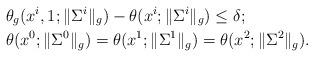
LaTeX: \begin{align*} & \theta_g(x^i, 1; \|\Sigma^i\|_g) - \theta(x^i; \|\Sigma^i\|_g) \leq \delta; \\ & \theta(x^0; \|\Sigma^0\|_g) = \theta(x^1; \|\Sigma^1\|_g) = \theta(x^2; \|\Sigma^2\|_g). \end{align*}